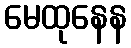
မေထုနေန